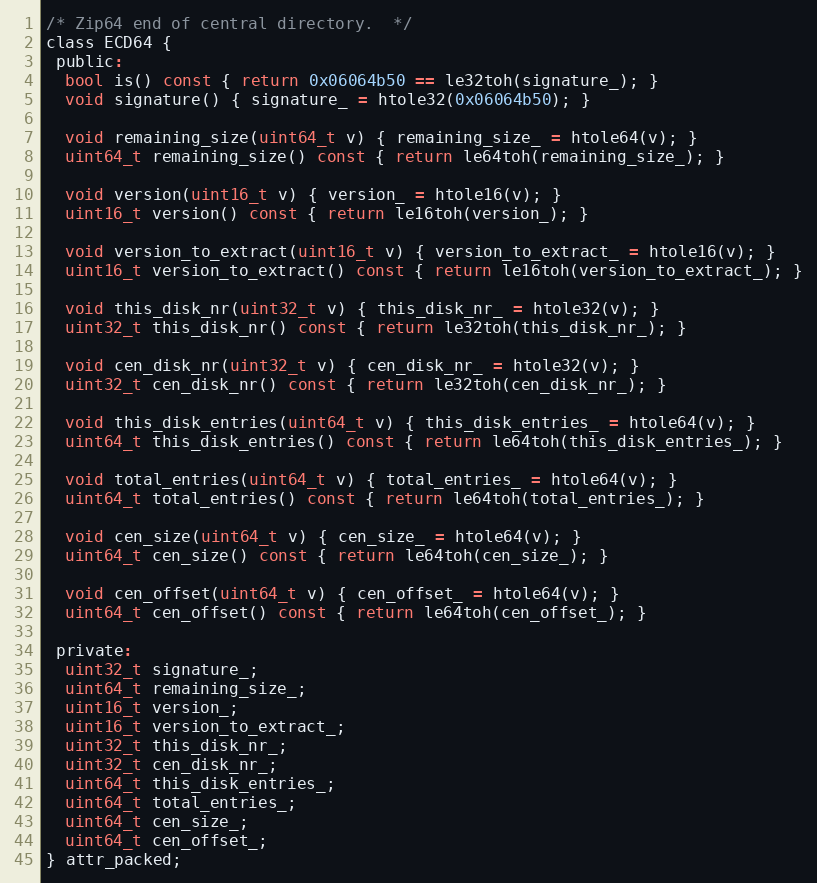
Language: C
/* Zip64 end of central directory.  */
class ECD64 {
 public:
  bool is() const { return 0x06064b50 == le32toh(signature_); }
  void signature() { signature_ = htole32(0x06064b50); }

  void remaining_size(uint64_t v) { remaining_size_ = htole64(v); }
  uint64_t remaining_size() const { return le64toh(remaining_size_); }

  void version(uint16_t v) { version_ = htole16(v); }
  uint16_t version() const { return le16toh(version_); }

  void version_to_extract(uint16_t v) { version_to_extract_ = htole16(v); }
  uint16_t version_to_extract() const { return le16toh(version_to_extract_); }

  void this_disk_nr(uint32_t v) { this_disk_nr_ = htole32(v); }
  uint32_t this_disk_nr() const { return le32toh(this_disk_nr_); }

  void cen_disk_nr(uint32_t v) { cen_disk_nr_ = htole32(v); }
  uint32_t cen_disk_nr() const { return le32toh(cen_disk_nr_); }

  void this_disk_entries(uint64_t v) { this_disk_entries_ = htole64(v); }
  uint64_t this_disk_entries() const { return le64toh(this_disk_entries_); }

  void total_entries(uint64_t v) { total_entries_ = htole64(v); }
  uint64_t total_entries() const { return le64toh(total_entries_); }

  void cen_size(uint64_t v) { cen_size_ = htole64(v); }
  uint64_t cen_size() const { return le64toh(cen_size_); }

  void cen_offset(uint64_t v) { cen_offset_ = htole64(v); }
  uint64_t cen_offset() const { return le64toh(cen_offset_); }

 private:
  uint32_t signature_;
  uint64_t remaining_size_;
  uint16_t version_;
  uint16_t version_to_extract_;
  uint32_t this_disk_nr_;
  uint32_t cen_disk_nr_;
  uint64_t this_disk_entries_;
  uint64_t total_entries_;
  uint64_t cen_size_;
  uint64_t cen_offset_;
} attr_packed;